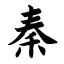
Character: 秦